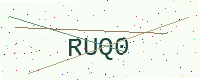
Text: RUQ0